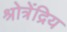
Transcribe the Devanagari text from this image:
श्रोत्रेंद्रिय